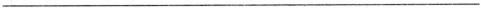
___